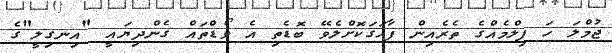
ޖުމްލަ ހަ ފިލްމެއްގެ ތެރެއިން ފާހަގަކޮށްލެވޭ ބޮޑެތި އެ ވޯޑްތައް ގެންދިޔައީ "އިނގިލީ"ގެ